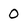
Character: 0